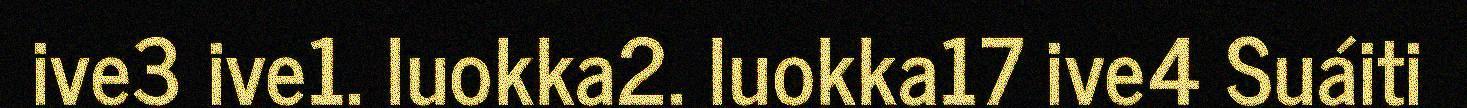
ive3 ive1. luokka2. luokka17 ive4 Suáiti